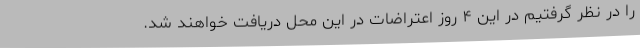
را در نظر گرفتیم در این ۴ روز اعتراضات در این محل دریافت خواهند شد.